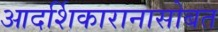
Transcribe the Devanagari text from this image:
आदर्शिकारानासोबत